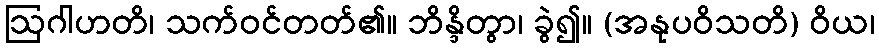
ဩဂါဟတိ၊ သက်ဝင်တတ်၏။ ဘိန္ဒိတွာ၊ ခွဲ၍။ (အနုပဝိသတိ) ဝိယ၊